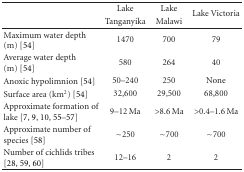
|  | Lake | Lake | <ROWSPAN=2> Lake Victoria |
 |  | Tanganyika | Malawi |
 | --- | --- | --- | --- |
 | Maximum water depth (m) [54] | 1470 | 700 | 79 |
 | Average water depth (m) [54] | 580 | 264 | 40 |
 | Anoxic hypolimnion [54] | 50–240 | 250 | None |
 | Surface area (km2) [54] | 32,600 | 29,500 | 68,800 |
 | Approximate formation of lake [7, 9, 10, 55–57] | 9–12 Ma | >8.6 Ma | >0.4–1.6 Ma |
 | Approximate number of species [58] | ~250 | ~700 | ~700 |
 | Number of cichlids tribes [28, 59, 60] | 12–16 | 2 | 2 |